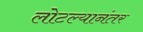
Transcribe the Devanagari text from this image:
लोटल्‍यानंतर